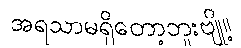
အရသာမရှိတော့ဘူးဗျို့။